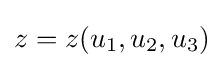
z=z(u_{1},u_{2},u_{3})